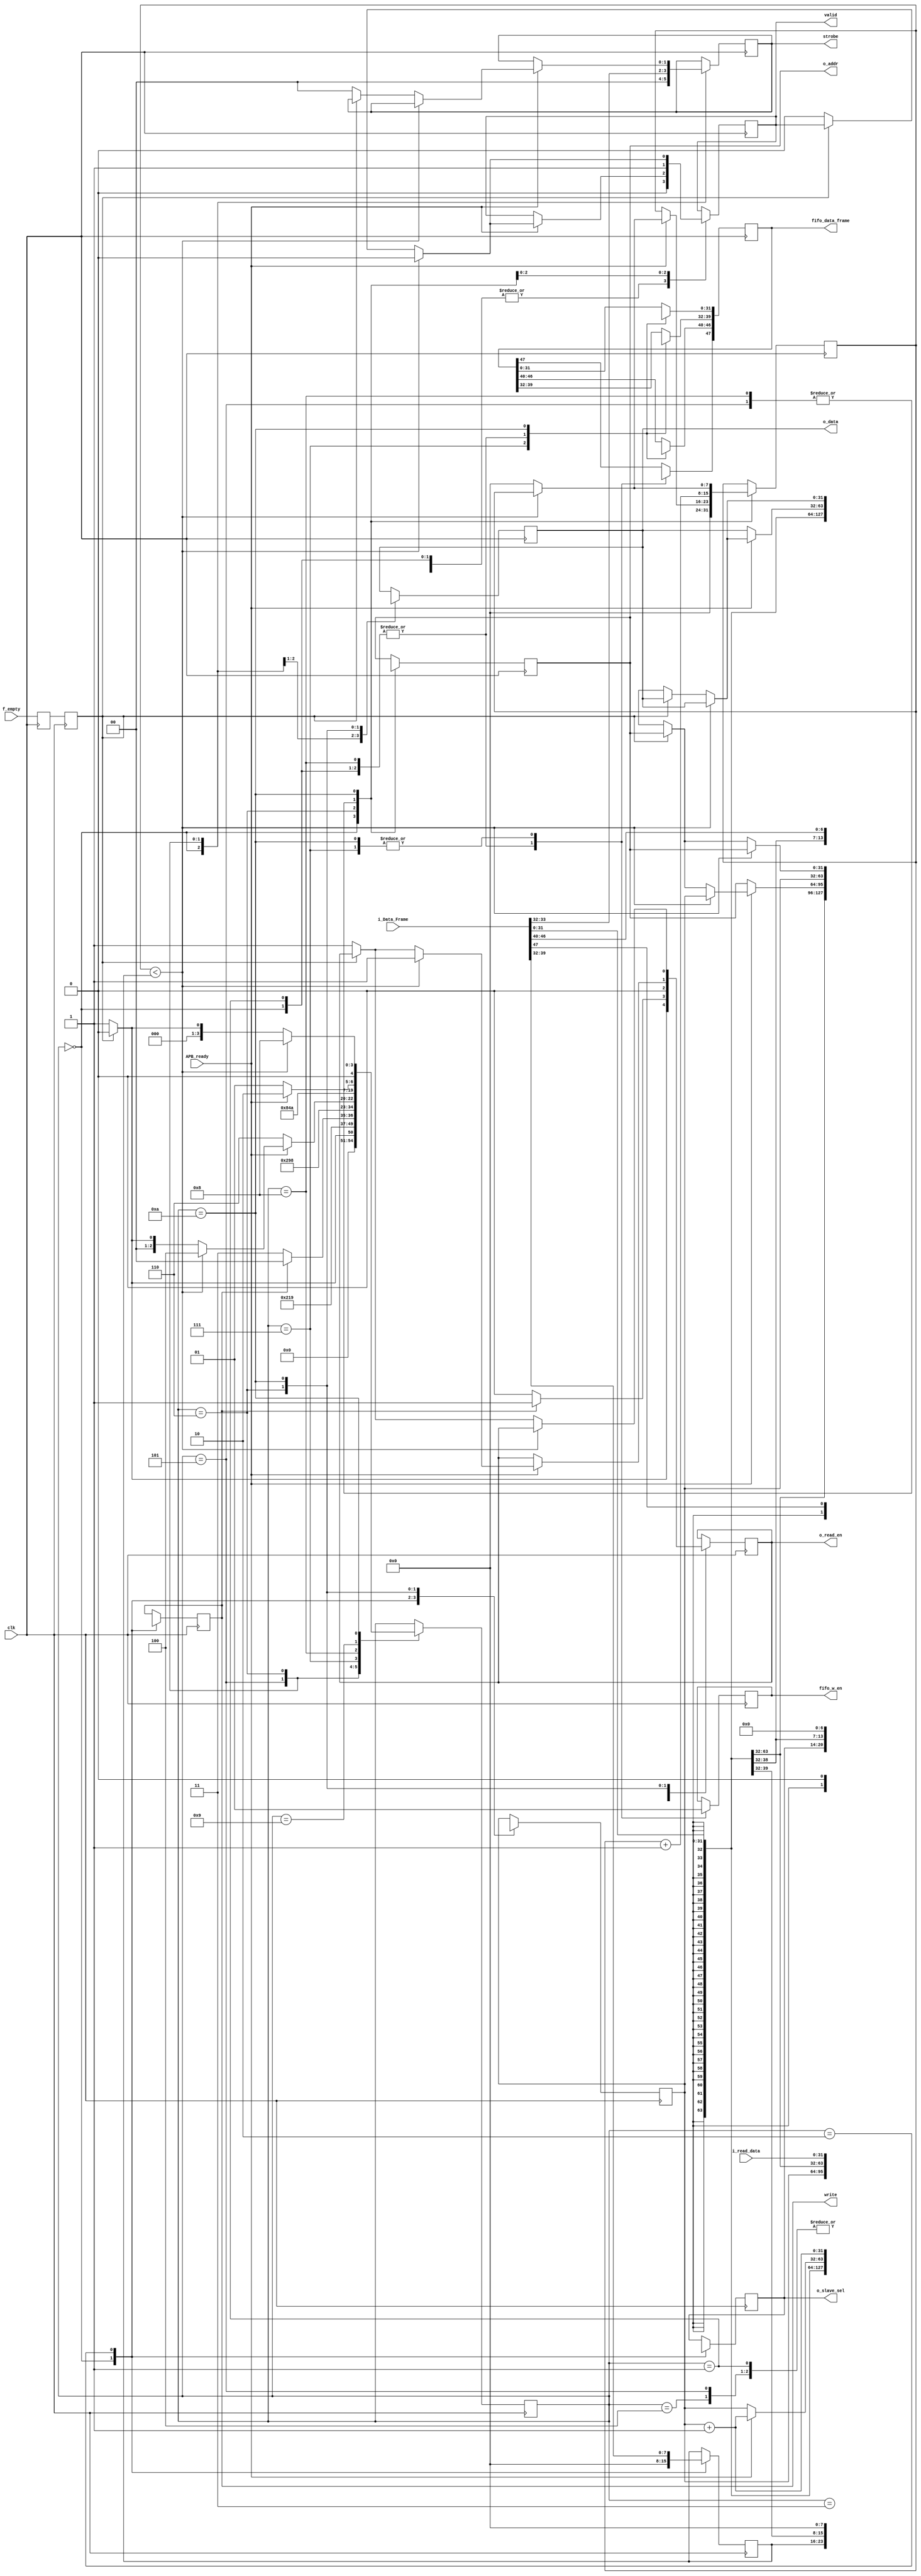
module Encodec(
    input clk,
               
    // Input from FIFO
    input f_empty,              
    input [47:0] i_Data_Frame,
    // Output for FIFO
    output o_read_en,   
    // Input from APB
    input [31:0] i_read_data,   
    input APB_ready, 
    //Output to APB        
    output [31:0] o_addr,       
    output [31:0] o_data,
    output [6:0] o_slave_sel,
    output write,
    output valid,
    output [1:0] strobe,
    
    // Encoded data
    output [47:0] fifo_data_frame,
    output fifo_w_en
    );
    
    reg r_valid;
    reg [7:0] length;
    reg r_write;
    reg [6:0] r_slave_sel;
    reg [31:0] r1_addr, r2_addr, r_data;
    reg [31:0] r_read_data;
    reg [47:0] r_data_frame;
    reg r_read_en = 0;
    reg [7:0] frame_count = 0;
    reg [1:0] r_strobe;
    
    // Encoder registers
    reg [47:0] r_fifo_data_frame;
    reg r_fifo_w_en;
    
    reg r1_f_empty = 1, r2_f_empty = 1; 
    
    parameter IDLE = 4'b0000;
    parameter FIFO_READ = 4'b0001;
    parameter DATA_SAMPLE = 4'B0010;
    parameter DATA_DECODE = 4'b0011;
    parameter W_FIFO_READ = 4'b0100;
    parameter W_DATA_WRITE = 4'b0101;
    parameter W_ACK = 4'b0110;
    parameter R_FIFO_WRITE = 4'b0111;
    parameter R_ADDR = 4'b1000;
    parameter R_ACK = 4'b1001;
    parameter R_DATA_FIFO_WRITE = 4'b1010;
    
    
    
    
    reg [4:0] state = 4'b0;
    
    
    always @(posedge clk)
    begin
        r1_f_empty <= f_empty;
        r2_f_empty <= r1_f_empty;
        case (state)
            IDLE:       begin // 0
                            length <= 0;
                            r_write <= 1'bx;
                            r_slave_sel <= 7'bx;
                            r1_addr <= 32'bx;
                            r2_addr <= 32'bx;
                            r_data <= 32'bx;
                            r_read_data <= 32'bx;
                            r_data_frame <= 48'bx;
                            r_read_en <= 0;
                            frame_count <= 8'b0;
                            r_valid <= 0;
                            r_fifo_w_en = 0;
                            r_fifo_data_frame = 48'bx;
                            r_strobe <=0;
                            
                            if(!r2_f_empty)
                            begin
                                state <= FIFO_READ;
                                r_read_en <= 1;
                            end
                            else
                                state <= IDLE;
                        end
                        
            FIFO_READ:      begin // 1
                            r_read_en <= 0;
                            r_valid <= 0;
                            
                            r_fifo_w_en <= 0;
                            r_fifo_data_frame <= 48'bx;
                            state <= DATA_SAMPLE;
                        end
                    
            DATA_SAMPLE:    begin // 2
                                r_read_en <= 0;
                                r_valid <= 0;
                                r1_addr <= i_Data_Frame[31:0];
                                length <= i_Data_Frame[39:32];
                                r_slave_sel <= i_Data_Frame[46:40];
                                r_write <= i_Data_Frame[47];
                                state <= DATA_DECODE;
                            end
                            
                            
            DATA_DECODE:    begin // 3
                                if(r_write)
                                begin
                                    r_read_en <= 1;
                                    state <= W_FIFO_READ;
                                end
                                else
                                begin
                                    state <= R_FIFO_WRITE;
                                    r_read_en = 0;
                                end
                            end                
                            
            W_FIFO_READ:  begin // 4
                        r_read_en = 0;
                        state <= W_DATA_WRITE;
                    end                
                            
            W_DATA_WRITE:     begin //5
                                r_valid <= 1;
                                r2_addr <= r1_addr;
                                r_strobe <= i_Data_Frame[33:32];
                                r_data <= i_Data_Frame[31:0];
                                r_read_en = 0;
                                r_valid <= 1;
                                state <= W_ACK;
                                frame_count <= frame_count + 1;
                            end
                            
            W_ACK:          begin //6
//                                r_read_en = 0;
                                if(APB_ready)
                                begin
                                    if(frame_count < length)
                                    begin
                                        r2_addr <= r1_addr;
                                        r1_addr <= r1_addr + 1;
                                        state <= W_FIFO_READ;
                                        r_read_en = 1;
                                        r_valid <= 0;
                                    end
                                    else
                                    begin
                                        frame_count <= 0;
                                        r1_addr <= r1_addr + 1;
    
                                        if(!r2_f_empty)
                                        begin
                                            state <= FIFO_READ;
                                            r_read_en <= 1;
                                            r_valid <= 0;
                                            r_strobe <= 0;
                                            r_data <= 32'bx;
                                            r2_addr <= 32'bx;
                                        end
                                        else
                                            state <= IDLE;
                                    end
                                end
                                else
                                    state <= W_ACK;
                            end
                            
            R_FIFO_WRITE:     begin // 7
                                r_fifo_w_en <= 1;
                                r_fifo_data_frame[31:0] <= r1_addr;
                                r_fifo_data_frame[39:32] <= length;
                                r_fifo_data_frame[46:40] <= r_slave_sel;
                                r_fifo_data_frame[47] <= 0;
                                state <= R_ADDR;
                            end
                            
                                         
            R_ADDR:      begin // 8
                                r_fifo_w_en <= 0;
                                r_fifo_data_frame <= 48'bx;
            
                                r_valid <= 1;
                                r2_addr <= r1_addr;
                                r_valid <= 1;
                                state <= R_ACK;
                                frame_count <= frame_count + 1;
                            end
                            
            R_ACK:          begin // 9
                                if(APB_ready)
                                begin
                                      state <= R_DATA_FIFO_WRITE;
                                end
                                else
                                    state <= R_ACK;
                            end
                            
            R_DATA_FIFO_WRITE: begin
                        if(frame_count < length)
                                    begin
                                        r1_addr <= r1_addr + 1;
                                        
                                        r_fifo_w_en = 1;
                                        r_fifo_data_frame[31:0] <= i_read_data;
                                        r_fifo_data_frame[47:32] <= 16'h0000;
                                        state <= R_ADDR;
                                        r_valid <= 0;
                                        
                                    end
                                    else
                                    begin
                                        r_fifo_w_en = 1;
                                        r_fifo_data_frame[31:0] <= i_read_data;
                                        r_fifo_data_frame[47:32] <= 16'h0000;
                                        frame_count <= 0;
                                        r1_addr <= r1_addr + 1;
    
                                        if(!r2_f_empty)
                                        begin
                                            state <= FIFO_READ;
                                            r_read_en <= 1;
                                            r_valid <= 0;
                                            r_data <= 32'bx;
                                            r2_addr <= 32'bx;
                                        end
                                        else
                                            state <= IDLE;
                                    end
            end     
        endcase
    end
    
     
    assign o_read_en = r_read_en;
    assign o_slave_sel = r_slave_sel;
    assign o_data = r_data;
    assign o_addr = r2_addr;
    assign write = r_write;  
    assign valid = r_valid;
    assign fifo_data_frame = r_fifo_data_frame;
    assign fifo_w_en = r_fifo_w_en;
    assign strobe = r_strobe;
    
endmodule